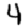
Digit: 4